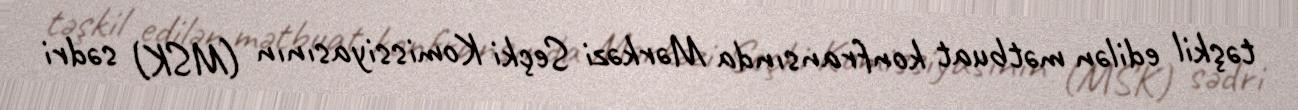
təşkil edilən mətbuat konfransında Mərkəzi Seçki Komissiyasının (MSK) sədri